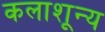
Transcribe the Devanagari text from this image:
कलाशून्य